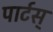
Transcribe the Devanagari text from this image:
पार्टस्